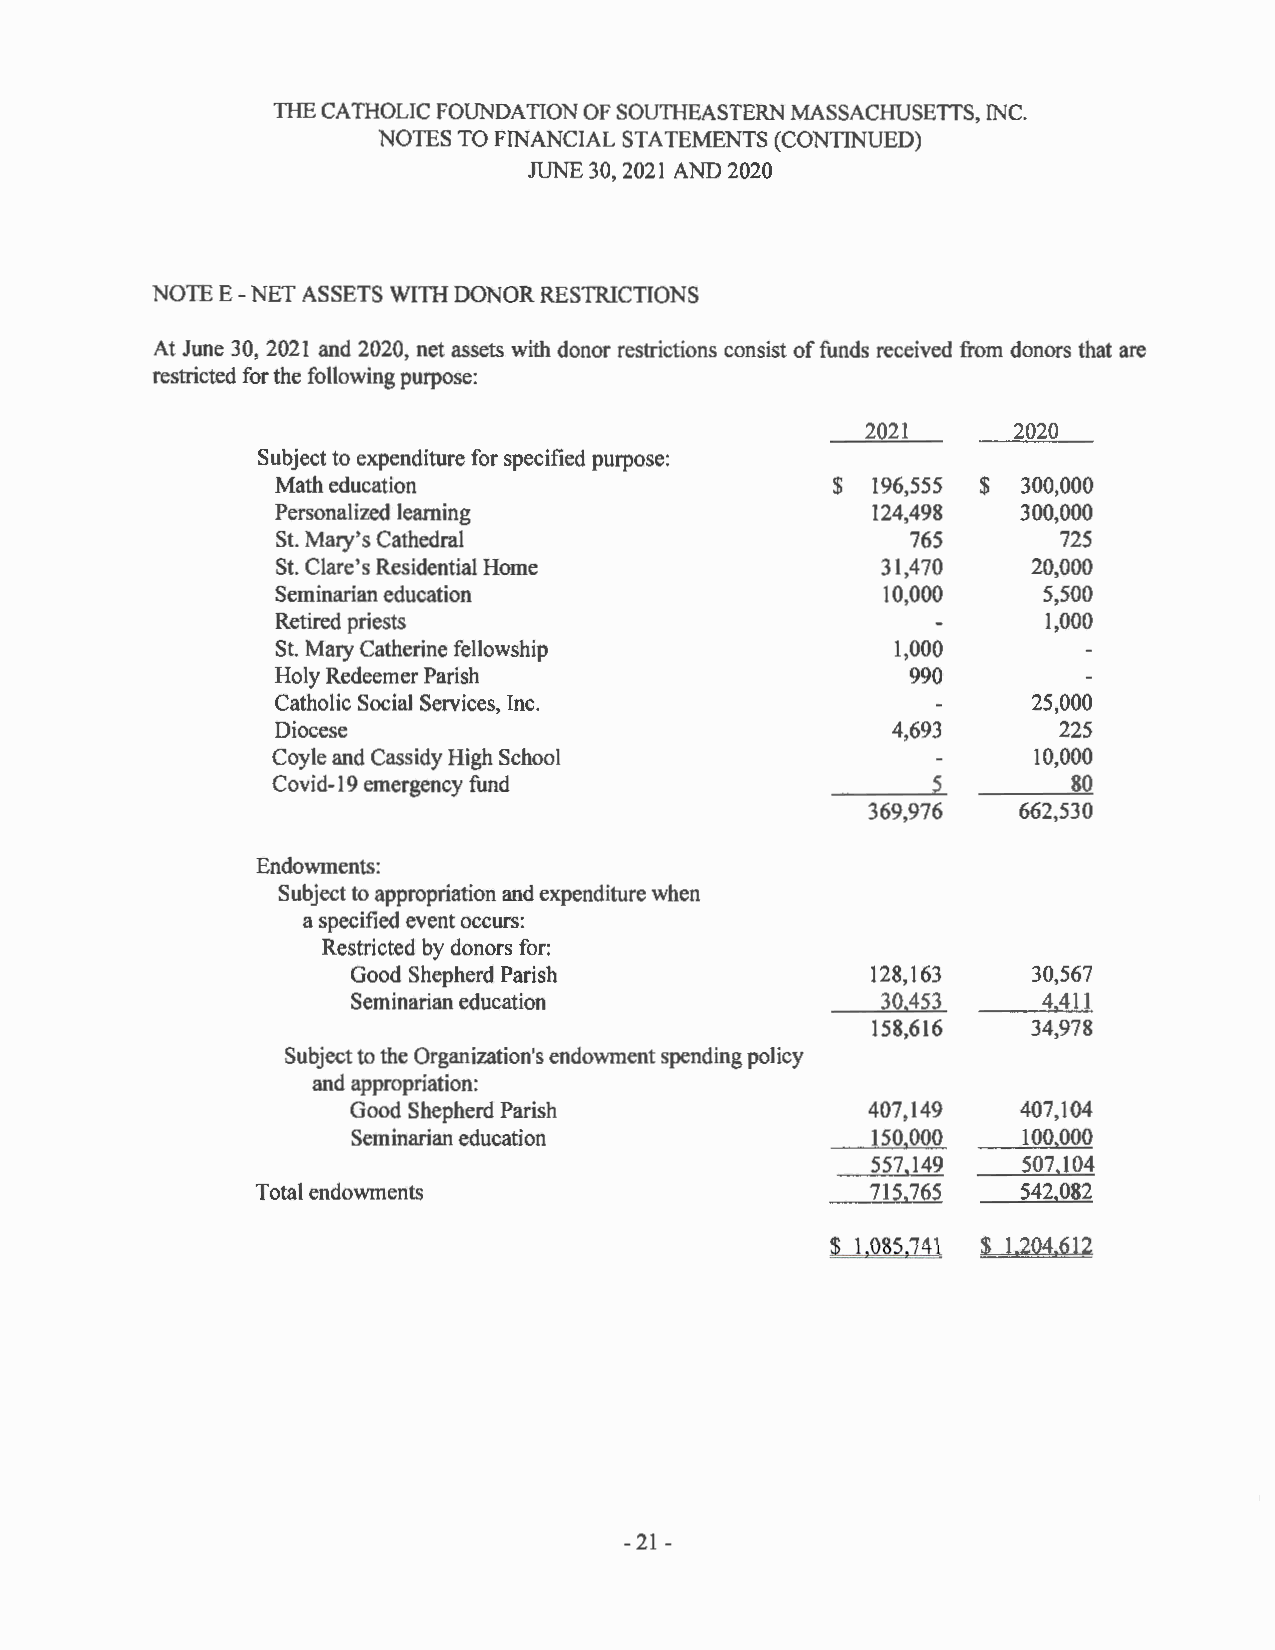
THE CATHOLIC FOUNDATION OF SOUTHEASTERN MASSACHUSETTS, INC.
 NOTES TO FINANCIAL STA TEMENTS (CONTINUED)
 JUNE 30, 2021 A D 2020
 NOTE E -NET ASSETS WITH DONOR RESTRICTIONS
 At June 30, 2021 and 2020, net assets with donor restrictions consist of funds received from donors that are
 restricted for the following purpose:
 2021      2020
 Subject to expenditure for specified purpose:
 Math education                       $  196,555 $ 300,000
 Personalized learning                   124,498   300,000
 St. Mary's Cathedral                      765       725
 St. Clare's Residential Home            31,470    20,000
 Seminarian education                     10,000    5,500
 Retired priests                                    1,000
 St. Mary Catherine fellowship            1,000
 Holy Redeemer Parish                      990
 Catholic Social Services, Inc.                    25,000
 Diocese                                  4,693      225
 Coyle and Cassidy High School                      10,000
 Covid-19 emergency fund                     5        80
 369,976   662,530
 Endowments:
 Subject to appropriation and expenditure when
 a specified event occurs:
 Restricted by donors for:
 Good Shepherd Parish               128,163   30,567
 Seminarian education               30 453     4 411
 158,616   34,978
 Subject to the Organization's endowment spending policy
 and appropriation:
 Good Shepherd Parish               407, 149  407,104
 Seminarian education               150,000   100,000
 557,149   507 104
 Total endowments                         715,765   542,082
 $ l,Q85,141 $ 1,2Q4,612
 -21 -